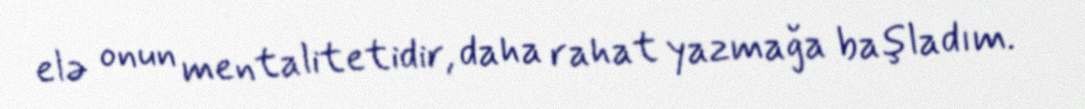
elə onun mentalitetidir, daha rahat yazmağa başladım.